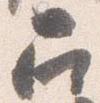
召